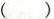
()